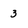
Character: 3